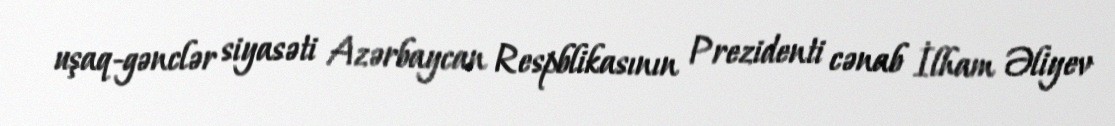
uşaq-gənclər siyasəti Azərbaycan Respblikasının Prezidenti cənab İlham Əliyev